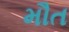
મૌત